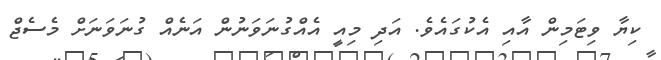
ކިޔާ ވިޓަމިން އާއި އެކުގައެވެ. އަދި މިއީ އެއްގުނަވަނުން އަނެއް ގުނަވަނަށް މެސެޖް